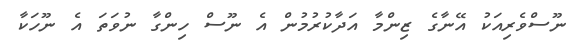
ނޫސްވެރިއަކު އޭނާގެ ޒިންމާ އަދާކުރުމުން އެ ނޫސް ހިންގާ ނުވަތަ އެ ނޫހަކާ